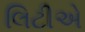
લિટીએ